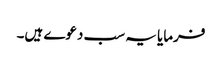
فرمایا یہ سب دعوے ہیں۔